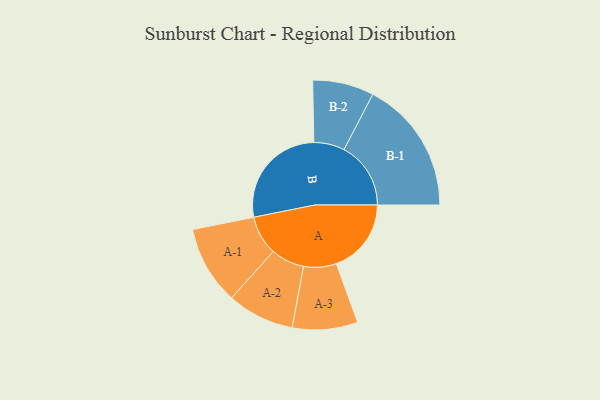
{"axis": {"x": "Segment", "y": "Value"}, "legend": ["", "A", "B"], "data": [{"x": "A", "y": 259, "type": ""}, {"x": "B", "y": 371, "type": ""}, {"x": "A-1", "y": 136, "type": "A"}, {"x": "A-2", "y": 116, "type": "A"}, {"x": "A-3", "y": 113, "type": "A"}, {"x": "B-1", "y": 231, "type": "B"}, {"x": "B-2", "y": 106, "type": "B"}]}